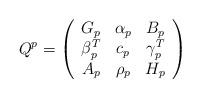
LaTeX: \begin{align*}Q^p=\left(\begin{array}{ccc}G_p &\alpha _p &B_p\\\beta _p^T &c_p &\gamma _p^T\\A_p &\rho _p &H_p\end{array} \right)\end{align*}